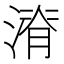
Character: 𱨄